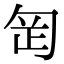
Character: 𭅊